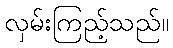
လှမ်းကြည့်သည်။